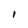
Character: I